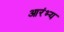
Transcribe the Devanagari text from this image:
आरंभ्य